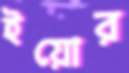
ইয়োর